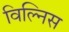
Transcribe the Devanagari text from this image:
विल्निस